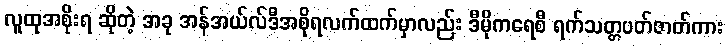
လူထုအစိုးရ ဆိုတဲ့ အခု အန်အယ်လ်ဒီအစိုရလက်ထက်မှာလည်း ဒီမိုကရေစီ ရက်သတ္တပတ်ဇာတ်ကား